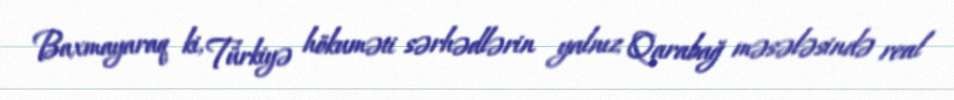
Baxmayaraq ki, Türkiyə hökuməti sərhədlərin yalnız Qarabağ məsələsində real